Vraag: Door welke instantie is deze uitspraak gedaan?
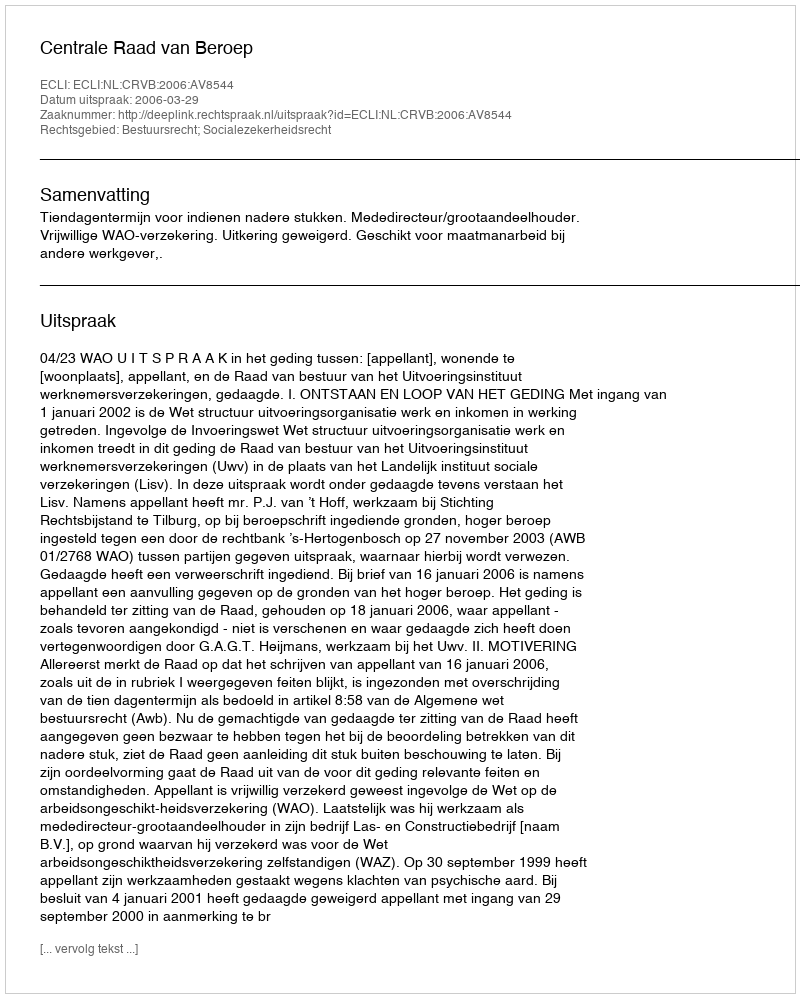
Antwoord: Centrale Raad van Beroep